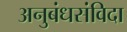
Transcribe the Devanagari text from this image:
अनुबंधसंविदा